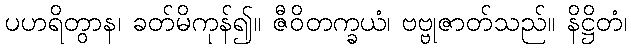
ပဟရိတွာန၊ ခတ်မိကုန်၍။ ဇီဝိတက္ခယံ၊ ဗဗ္ဗုဇာတ်သည်။ နိဋ္ဌိတံ၊